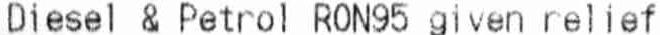
DIESEL & PETROL RON95 GIVEN RELIEF